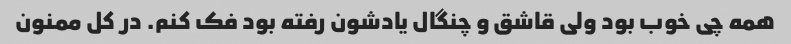
همه چی خوب بود ولی قاشق و چنگال یادشون رفته بود فک کنم. در کل ممنون